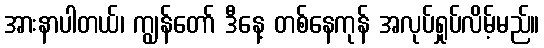
အားနာပါတယ်၊ ကျွန်တော် ဒီနေ့ တစ်နေကုန် အလုပ်ရှုပ်လိမ့်မည်။